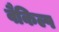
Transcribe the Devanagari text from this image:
वैकिल्प